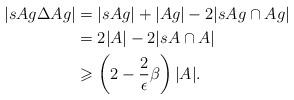
LaTeX: \begin{align*}|sAg\Delta Ag| & = |sAg|+|Ag| - 2|sAg\cap Ag| \\& = 2|A| -2|sA\cap A| \\& \geqslant \left(2-\frac{2}{\epsilon}\beta\right)|A|.\end{align*}